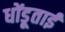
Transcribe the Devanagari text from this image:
धोंडूताई